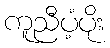
ကူညီပံ့ပိုး